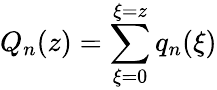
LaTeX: Q_{n}(z)=\sum_{\xi=0}^{\xi=z}q_{n}(\xi)